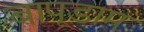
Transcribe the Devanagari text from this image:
बापूडाम